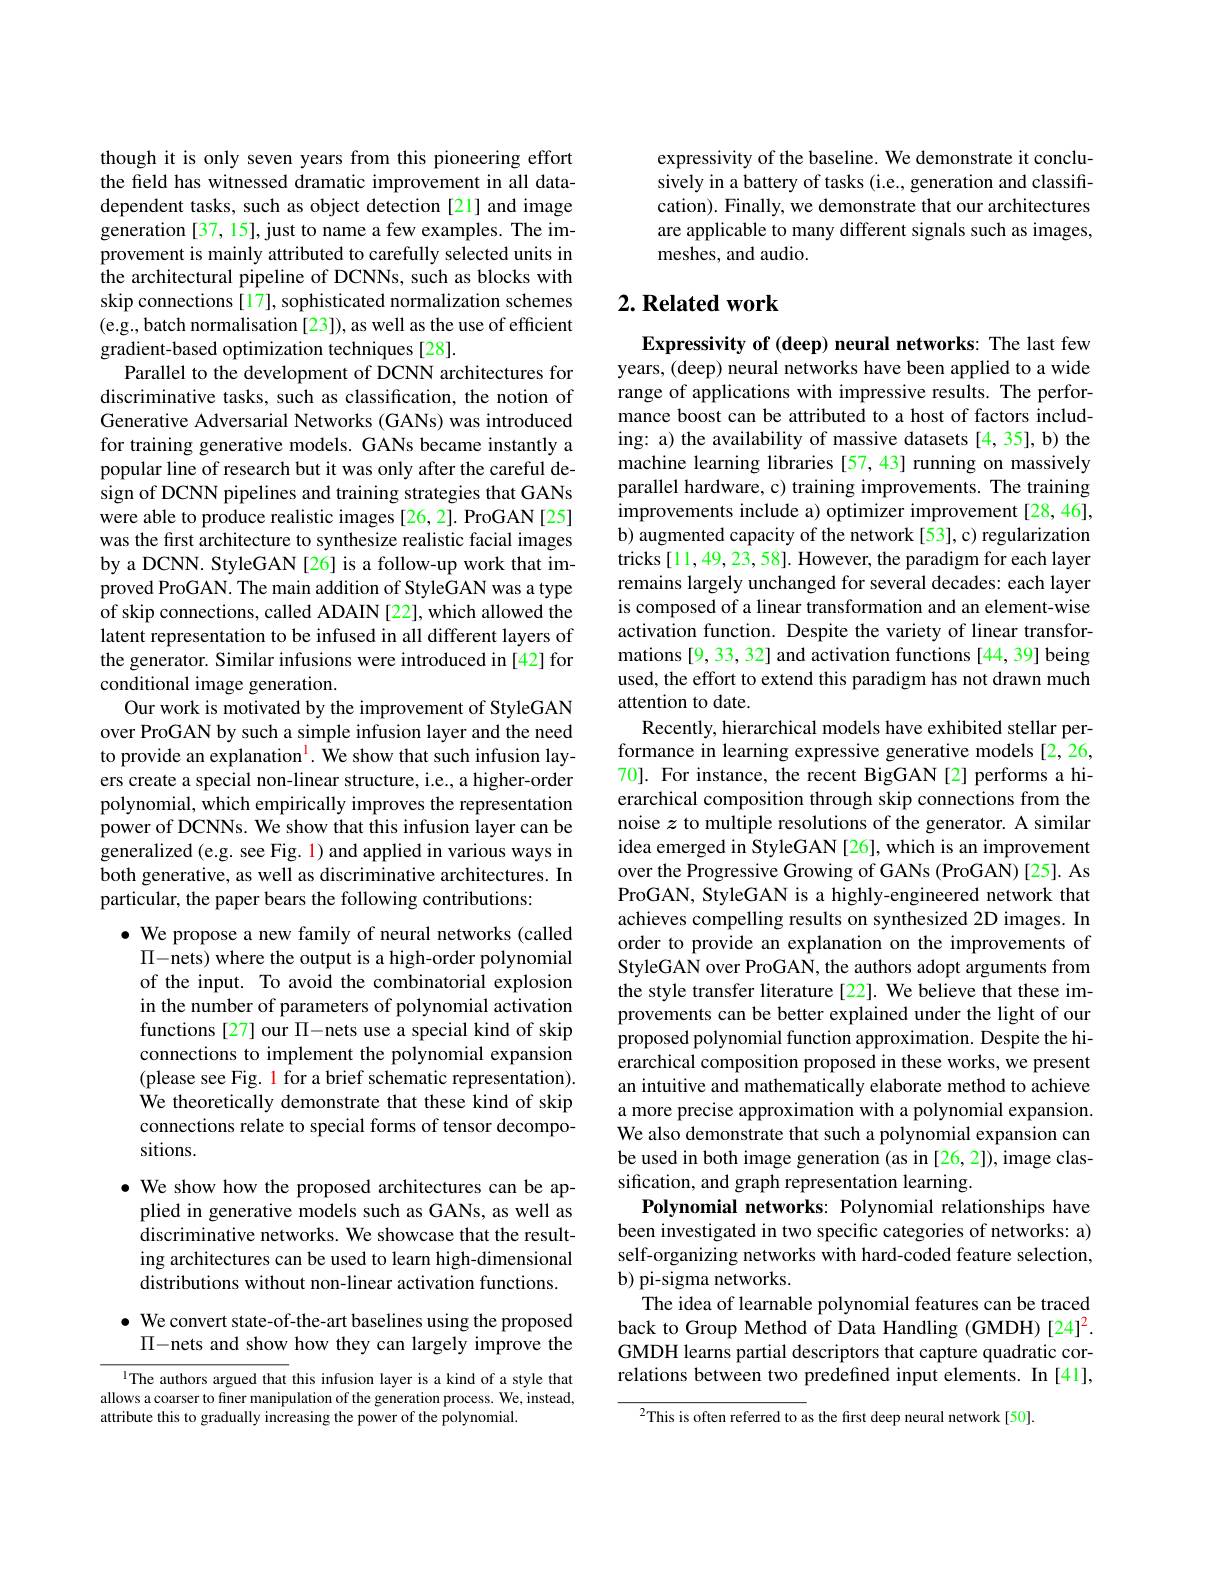
though it is only seven years from this pioneering effort the field has witnessed dramatic improvement in all datadependent tasks, such as object detection [21] and image generation [37, 15], just to name a few examples. The improvement is mainly attributed to carefully selected units in the architectural pipeline of DCNNs, such as blocks with skip connections [17], sophisticated normalization schemes (e.g., batch normalisation [23]), as well as the use of efficient gradient-based optimization techniques [28].
Parallel to the development of DCNN architectures for discriminative tasks, such as classification, the notion of Generative Adversarial Networks (GANs) was introduced for training generative models. GANs became instantly a popular line of research but it was only after the careful design of DCNN pipelines and training strategies that GANs were able to produce realistic images [26, 2]. ProGAN [25] was the first architecture to synthesize realistic facial images by a DCNN. StyleGAN [26] is a follow-up work that improved ProGAN. The main addition of StyleGAN was a type of skip connections, called ADAIN [22], which allowed the latent representation to be infused in all different layers of the generator. Similar infusions were introduced in [42] for conditional image generation.
Our work is motivated by the improvement of StyleGAN over ProGAN by such a simple infusion layer and the need to provide an explanation$^{\mathrm{l}}.$ We show that such infusion layers create a special non-linear structure, i.e., a higher-order polynomial, which empirically improves the representation power of DCNNs. We show that this infusion layer can be generalized (e.g. see Fig. 1) and applied in various ways in both generative, as well as discriminative architectures. In particular, the paper bears the following contributions:
$\bullet$ We propose a new family of neural networks (called

$\Pi$- nets) where the output is a high- order polynomial

of the input. To avoid the combinatorial explosion

in the number of parameters of polynomial activation

functions [27] our $\Pi$-nets use a special kind of skip

connections to implement the polynomial expansion

(please see Fig. 1 for a brief schematic representation).

We theoretically demonstrate that these kind of skip

connections relate to special forms of tensor decompo-

sitions.

· We show how the proposed architectures can be ap-
plied in generative models such as GANs, as well as discriminative networks. We showcase that the resulting architectures can be used to learn high-dimensional distributions without non-linear activation functions.

$\bullet$ We convert state-of-the-art baselines using the proposed
$\Pi$- nets and show how they can largely improve the

l The authors argued that this infusion layer is a kind of a style that allows a coarser to finer manipulation of the generation process. We, instead, attribute this to gradually increasing the power of the polynomial.

expressivity of the baseline. We demonstrate it conclusively in a battery of tasks (i.e., generation and classification). Finally, we demonstrate that our architectures are applicable to many different signals such as images, meshes, and audio.

## $2. \textbf{ Related work}$

Expressivity of (deep) neural networks: The last few years, (deep) neural networks have been applied to a wide range of applications with impressive results. The performance boost can be attributed to a host of factors including: a) the availability of massive datasets[4,35],b) the machine learning libraries [57,43] running on massively parallel hardware, c) training improvements. The training improvements include a) optimizer improvement[28,46], b) augmented capacity of the network [53],c) regularization tricks[11,49,23,58]. However, the paradigm for each layer remains largely unchanged for several decades: each layer is composed of a linear transformation and an element-wise activation function. Despite the variety of linear transformations [9, 33, 32] and activation functions [44, 39] being used, the effort to extend this paradigm has not drawn much attention to date.
Recently, hierarchical models have exhibited stellar performance in learning expressive generative models [2,26, 70]. For instance, the recent BigGAN[2] performs a hierarchical composition through skip connections from the noise $z$ to multiple resolutions of the generator. A similar idea emerged in StyleGAN [26], which is an improvement over the Progressive Growing of GANs (ProGAN) [25]. As ProGAN, StyleGAN is a highly-engineered network that achieves compelling results on synthesized 2D images. In order to provide an explanation on the improvements of StyleGAN over ProGAN, the authors adopt arguments from the style transfer literature [22]. We believe that these improvements can be better explained under the light of our proposed polynomial function approximation. Despite the hierarchical composition proposed in these works, we present an intuitive and mathematically elaborate method to achieve a more precise approximation with a polynomial expansion. We also demonstrate that such a polynomial expansion can be used in both image generation (as in [26, 2]), image classification, and graph representation learning.
Polynomial networks: Polynomial relationships have been investigated in two specific categories of networks: a) self-organizing networks with hard-coded feature selection, b) pi-sigma networks.
The idea of learnable polynomial features can be traced back to Group Method of Data Handling (GMDH) [24]$^{2}.$ GMDH learns partial descriptors that capture quadratic correlations between two predefined input elements. In [41],
$^{2}$This is often referred to as the first deep neural network[50].